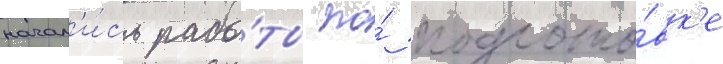
начал'и́сь рабо́ты по́ подгото́вк'е